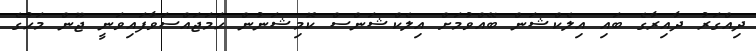
ދިއްގަރު ދާއިރާގެ ބައި އިލެކްޝަން ބޭއްވުމަށް އިލެކްޝަންސް ކޮމިޝަނުން ހަމަޖައްސަވާފައިވަނީ ޖޫން މަހުގެ